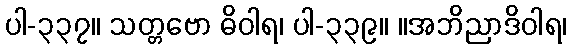
ပါ-၃၃၇။ သတ္တဗော ဓိဝါရ၊ ပါ-၃၃၉။ ။အဘိညာဒိဝါရ၊